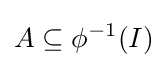
A\subseteq \phi ^{-1}(I)